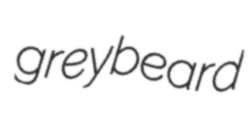
greybeard